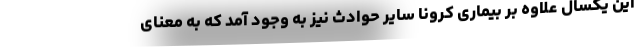
این یکسال علاوه بر بیماری کرونا سایر حوادث نیز به وجود آمد که به معنای